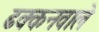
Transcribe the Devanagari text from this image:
ढक्कनवाले